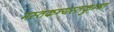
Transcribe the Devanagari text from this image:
मस्तकन्यस्तकुम्भा